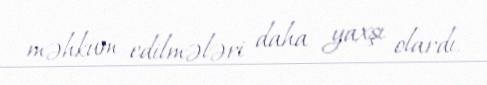
məhkum edilmələri daha yaxşı olardı.